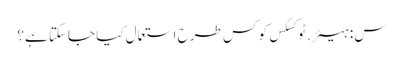
س: ہیئر.ٹوکسکس کو کس طرح استعمال کیا جاسکتا ہے؟